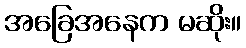
အခြေအနေက မဆိုး။